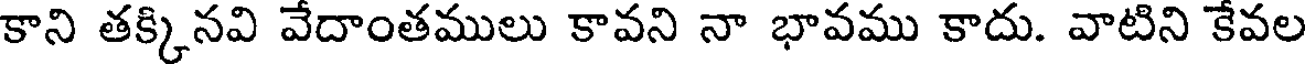
కాని తక్కినవి వేదాంతములు కావని నా భావము కాదు. వాటిని కేవల